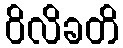
ဝိလိခတိ